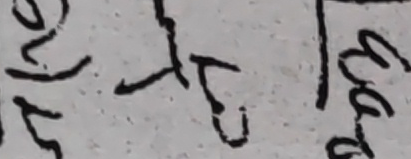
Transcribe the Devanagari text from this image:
ज रु १००